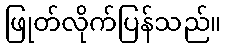
ဖြုတ်လိုက်ပြန်သည်။